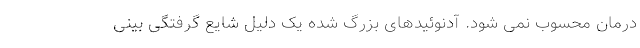
درمان محسوب نمی شود. آدنوئیدهای بزرگ شده یک دلیل شایع گرفتگی بینی